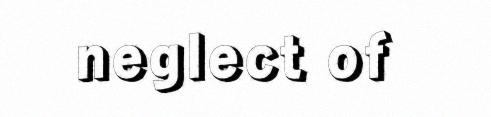
neglect of